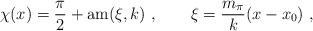
\begin{align*}\chi(x) = \frac{\pi}{2} + {\rm am}(\xi,k) \ , \qquad \xi=\frac{m_{\pi}}{k}(x-x_0) \ ,\end{align*}